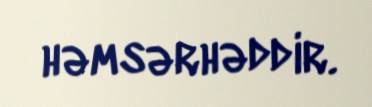
həmsərhəddir.